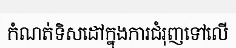
កំណត់ទិសដៅក្នុងការជំរុញទៅលើ